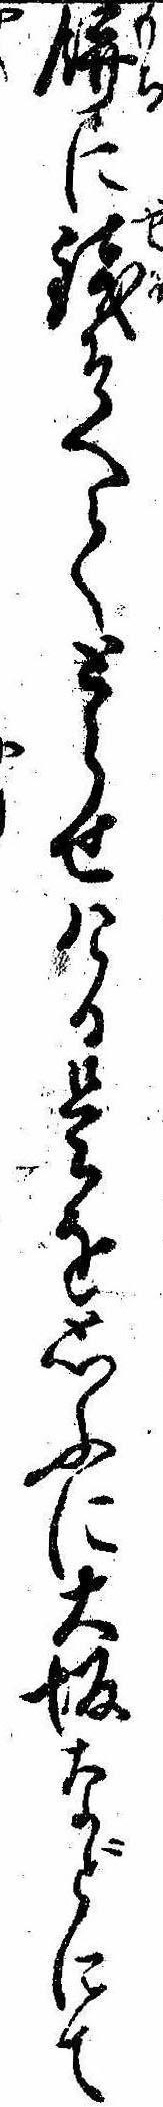
餅に銭そへてとらせける是を思ふに大坂などにて